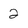
Character: 2